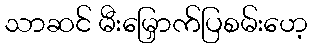
သာဆင် မီးမြှောက်ပြစမ်းဟေ့